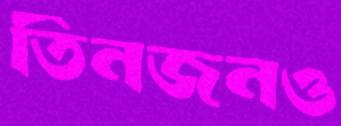
তিনজনও